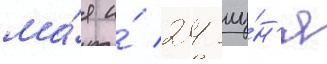
ма́я и́ 24 иу́н'я